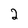
Character: 2